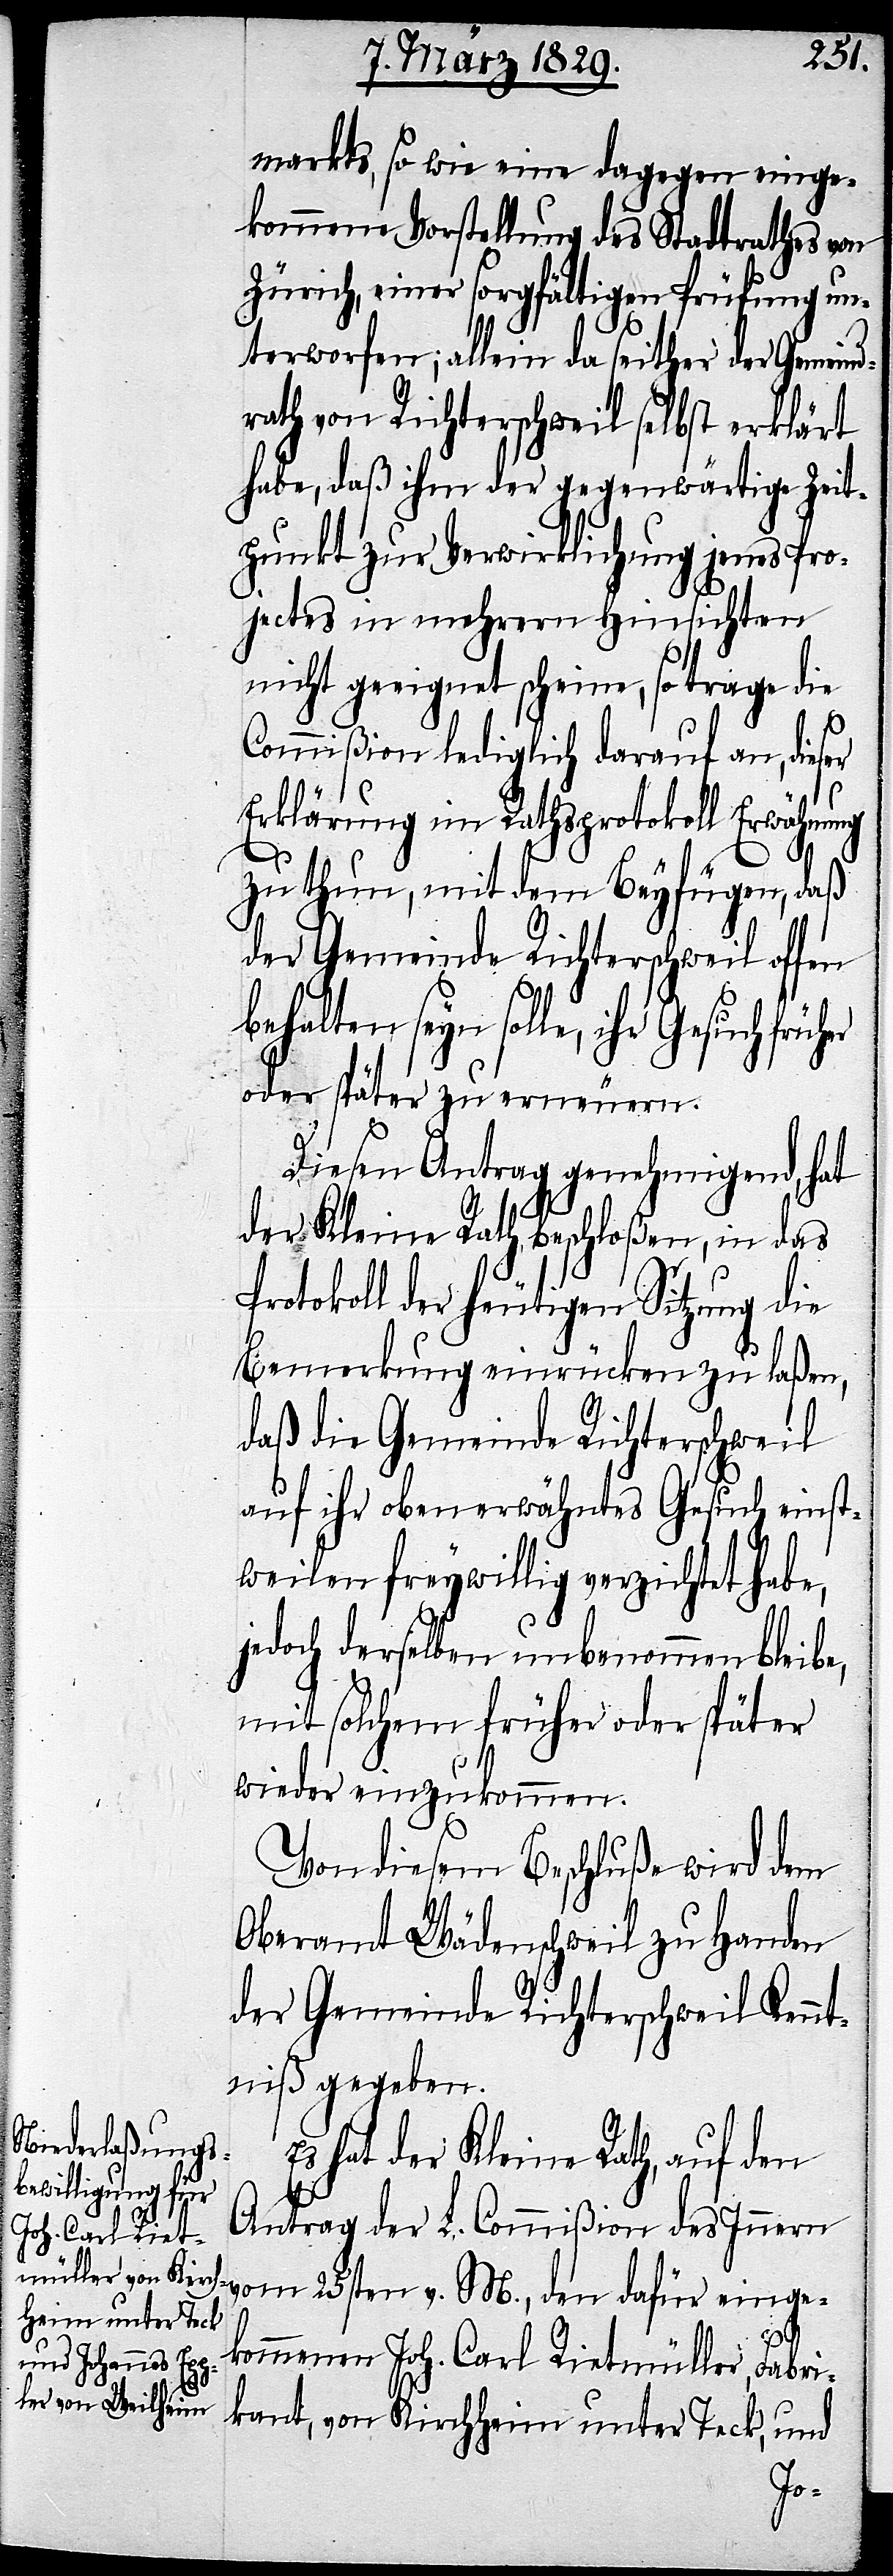
markts, so wie eine dagegen einge¬
kommene Vorstellung des Stadtrathes von
Zürich, einer sorgfältigen Prüfung un¬
terworfen; allein da seither der Gemeind¬
rath von Richterschweil selbst erklärt
habe, daß ihm der gegenwärtige Zeit¬
punkt zur Verwirklichung jenes Proj¬
nicht geeignet scheine, so trage die
e,
Commißion lediglich darauf an, dieser
Erklärung im Rathsprotokoll Erwähnung
zu thun, mit dem Beyfügen, daß
der Gemeinde Richterschweil offen
behalten seyn solle, ihr Gesuch
oder später zu erneuern.
Diesen Antrag genehmigend, hat
der Kleine Rath beschloßen, in das
Protokoll der heutigen Sitzung die
Bemerkung einrücken zu laßen,
daß die Gemeinde Richterschweil
auf ihr obererwähntes Gesuch einst¬
weilen freywillig verzichtet habe,
jedoch derselben unbenommen bleib¬
mit solchem früher oder später
wieder einzukommen.
Von diesem Beschluße wird dem
Oberamt Wädenschweil zu Handen
der Gemeinde Richterschweil Kennt¬
niß gegeben.
Es hat der Kleine Rath, auf den
Antrag der L. Commißion des Innern
vom 25sten v. M., den dafür einge¬
kommenen Joh. Carl Rietmüller, Fabri¬
kant, von Kirchheim unter Teck, und